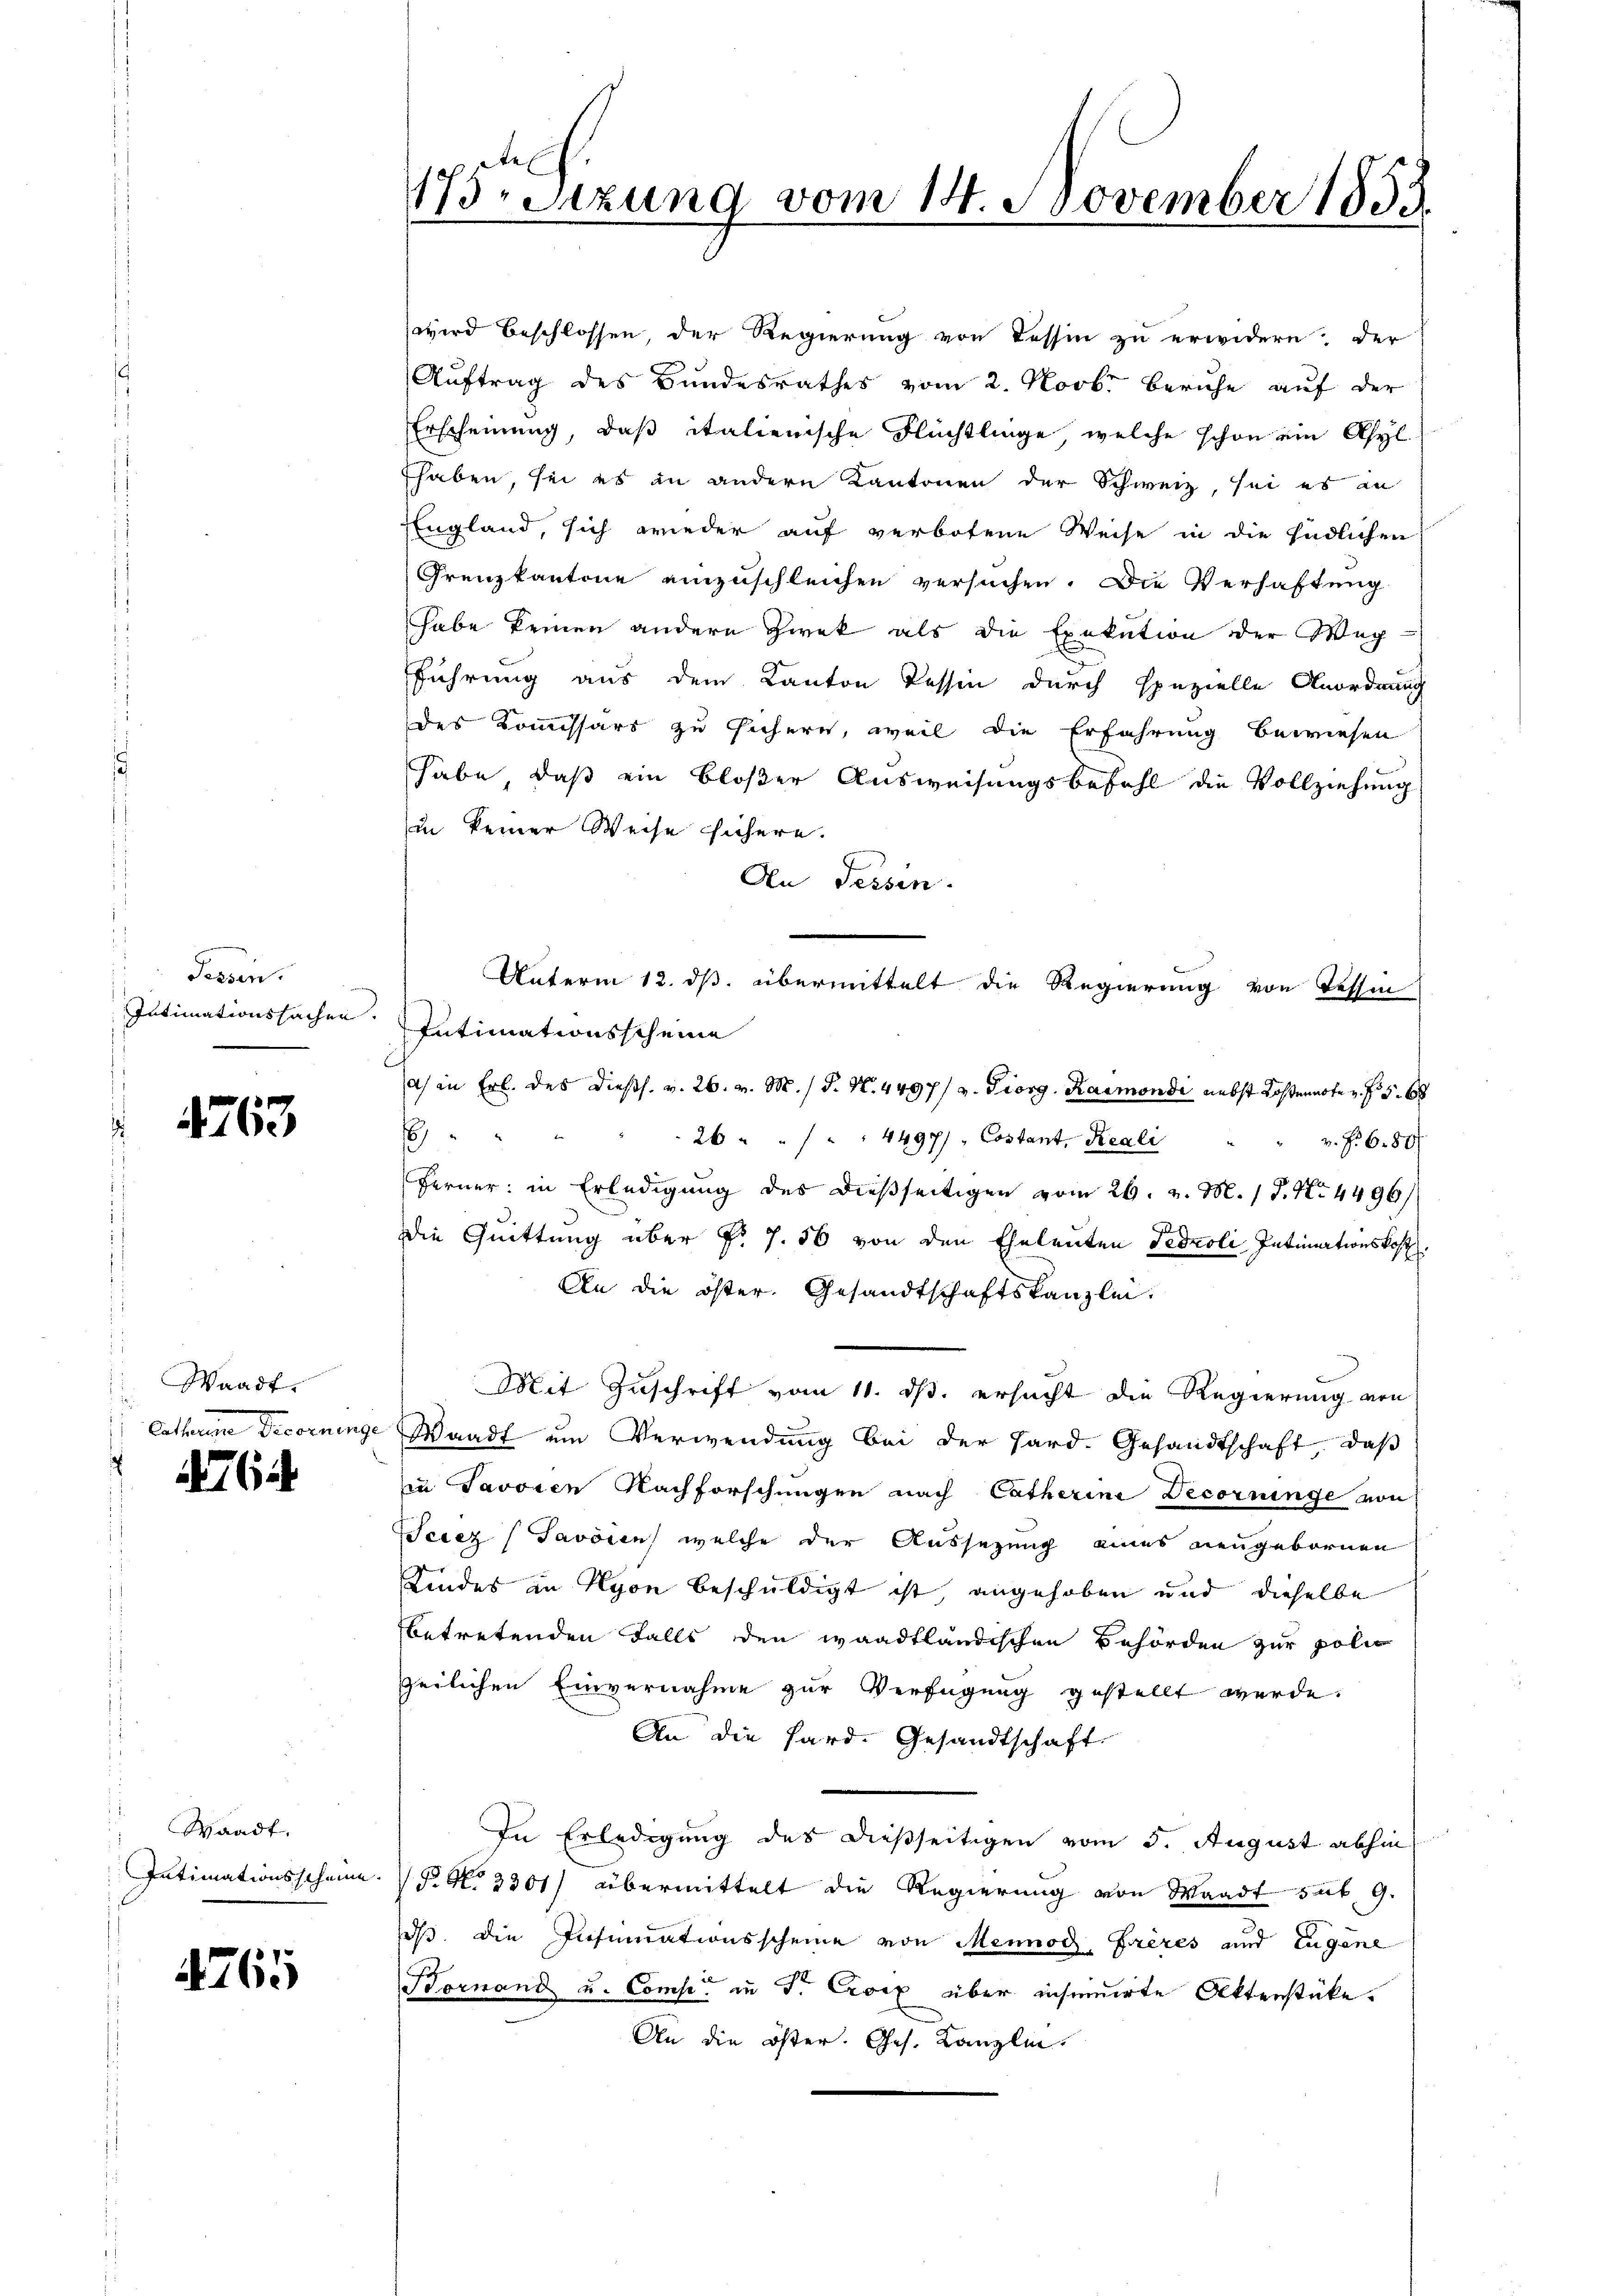
Fessen.
Intimationssachen

463

Waadt.
Aathan Decornung

464

Waadt.
Intimationsscheine

761

175, Sizung vom 14. November 1853

wird beschlossen der Regierung von Tessin zu erwidern der
Aŭftrag des Bundesrathes vom 2. Novbr beruhe auf der
Erscheinung, daß italienische Flüchtlinge, welche schon ein Asyl
Ehaben, sei es in andern Kantonen der Schweiz, sei es an
England, sich wieder auf verbotene Weise in die Endlichen
Grenzkantone einzuschleichen versuchen. Die Verhaftung
habe keinen andern Zwek als die Exekution der Weg-
führung aus dem Kanton Tessin durch spezielle Anordnung
des Kommissärs zu sichern, weil die Erfahrung bewiesen
habe, daß ein bloßer Ausweisungsbefehl die Vollziehung
in keiner Weise sichern.
An Tessin.
Unterm 12. ds. übermittelt die Regierung von Tessin
Intimationsscheine
a) in Frl. des Diess. v. 26. v. M. / P. N. 4497/ v. Giorg. Raimondi nebst Kostennote z. B. S. 6
E
26 " " " " " 4497/ Costant, Reali   "          "      "  f. 680
Ferner: in Erledigung des dießseitigen vom 26. v. M. 1 P. Nr. 4496/
Die Quittung über §. 7. 56 von den Eheleuten Fedoli Intimationskost
An die öster. Gesandtschaftskanzlei.
Mit Zuschrift vom 11. ds. ersucht die Regierung von
Waadt um Verwendung bei der Hard. Gesandtschaft, daß
in Javoren Nachforschungen nach Catherine Decorringe von
eicz (Javösen welche der Aussezung eines neugebornen
Kindes in Nyon beschuldigt ist, angehoben und dieselbe
betretenden Falls den waadtländischen Behörden zur poli
peilichen Einvernahme zur Verfügung gestellt werde.
An die Hard. Gesandtschaft
In Erledigung des dießseitigen vom 5. August abhin
 No 3301) übermittelt die Regierung von Waadt sub. 9.
aß. die Insinuationsscheine von Mennod, Frères und Eugene
Bornand u. Comp. in P. Croix über insinuirte Aktenstücke.
An die öster. Ges. Kanzlin